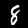
Label: 8